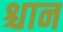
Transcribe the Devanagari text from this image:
श्चान